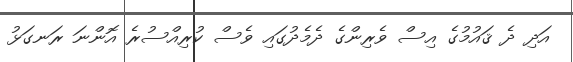
އަދި ދެ ޤައުމުގެ އިސް ވެރިންގެ ދެމެދުގައި ވެސް ކުރިއްސުރެ އޮންނަ ރަނގަޅު